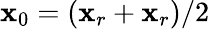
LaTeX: {\mathbf x}_{0}=({\mathbf x}_{r}+{\mathbf x}_{r})/2